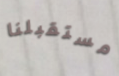
مستقبلنا